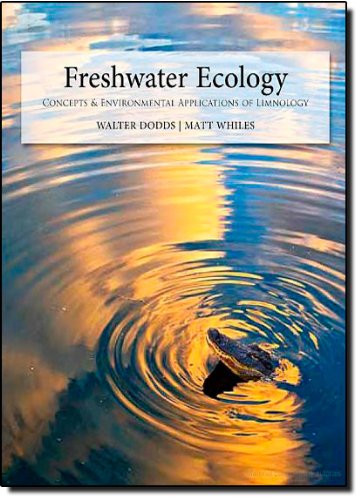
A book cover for Freshwater Ecology, Second Edition: Concepts and Environmental Applications of Limnology (Aquatic Ecology); Walter K. Dodds; Science & Math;